kultuurilooline_kollektsioon, lk 41
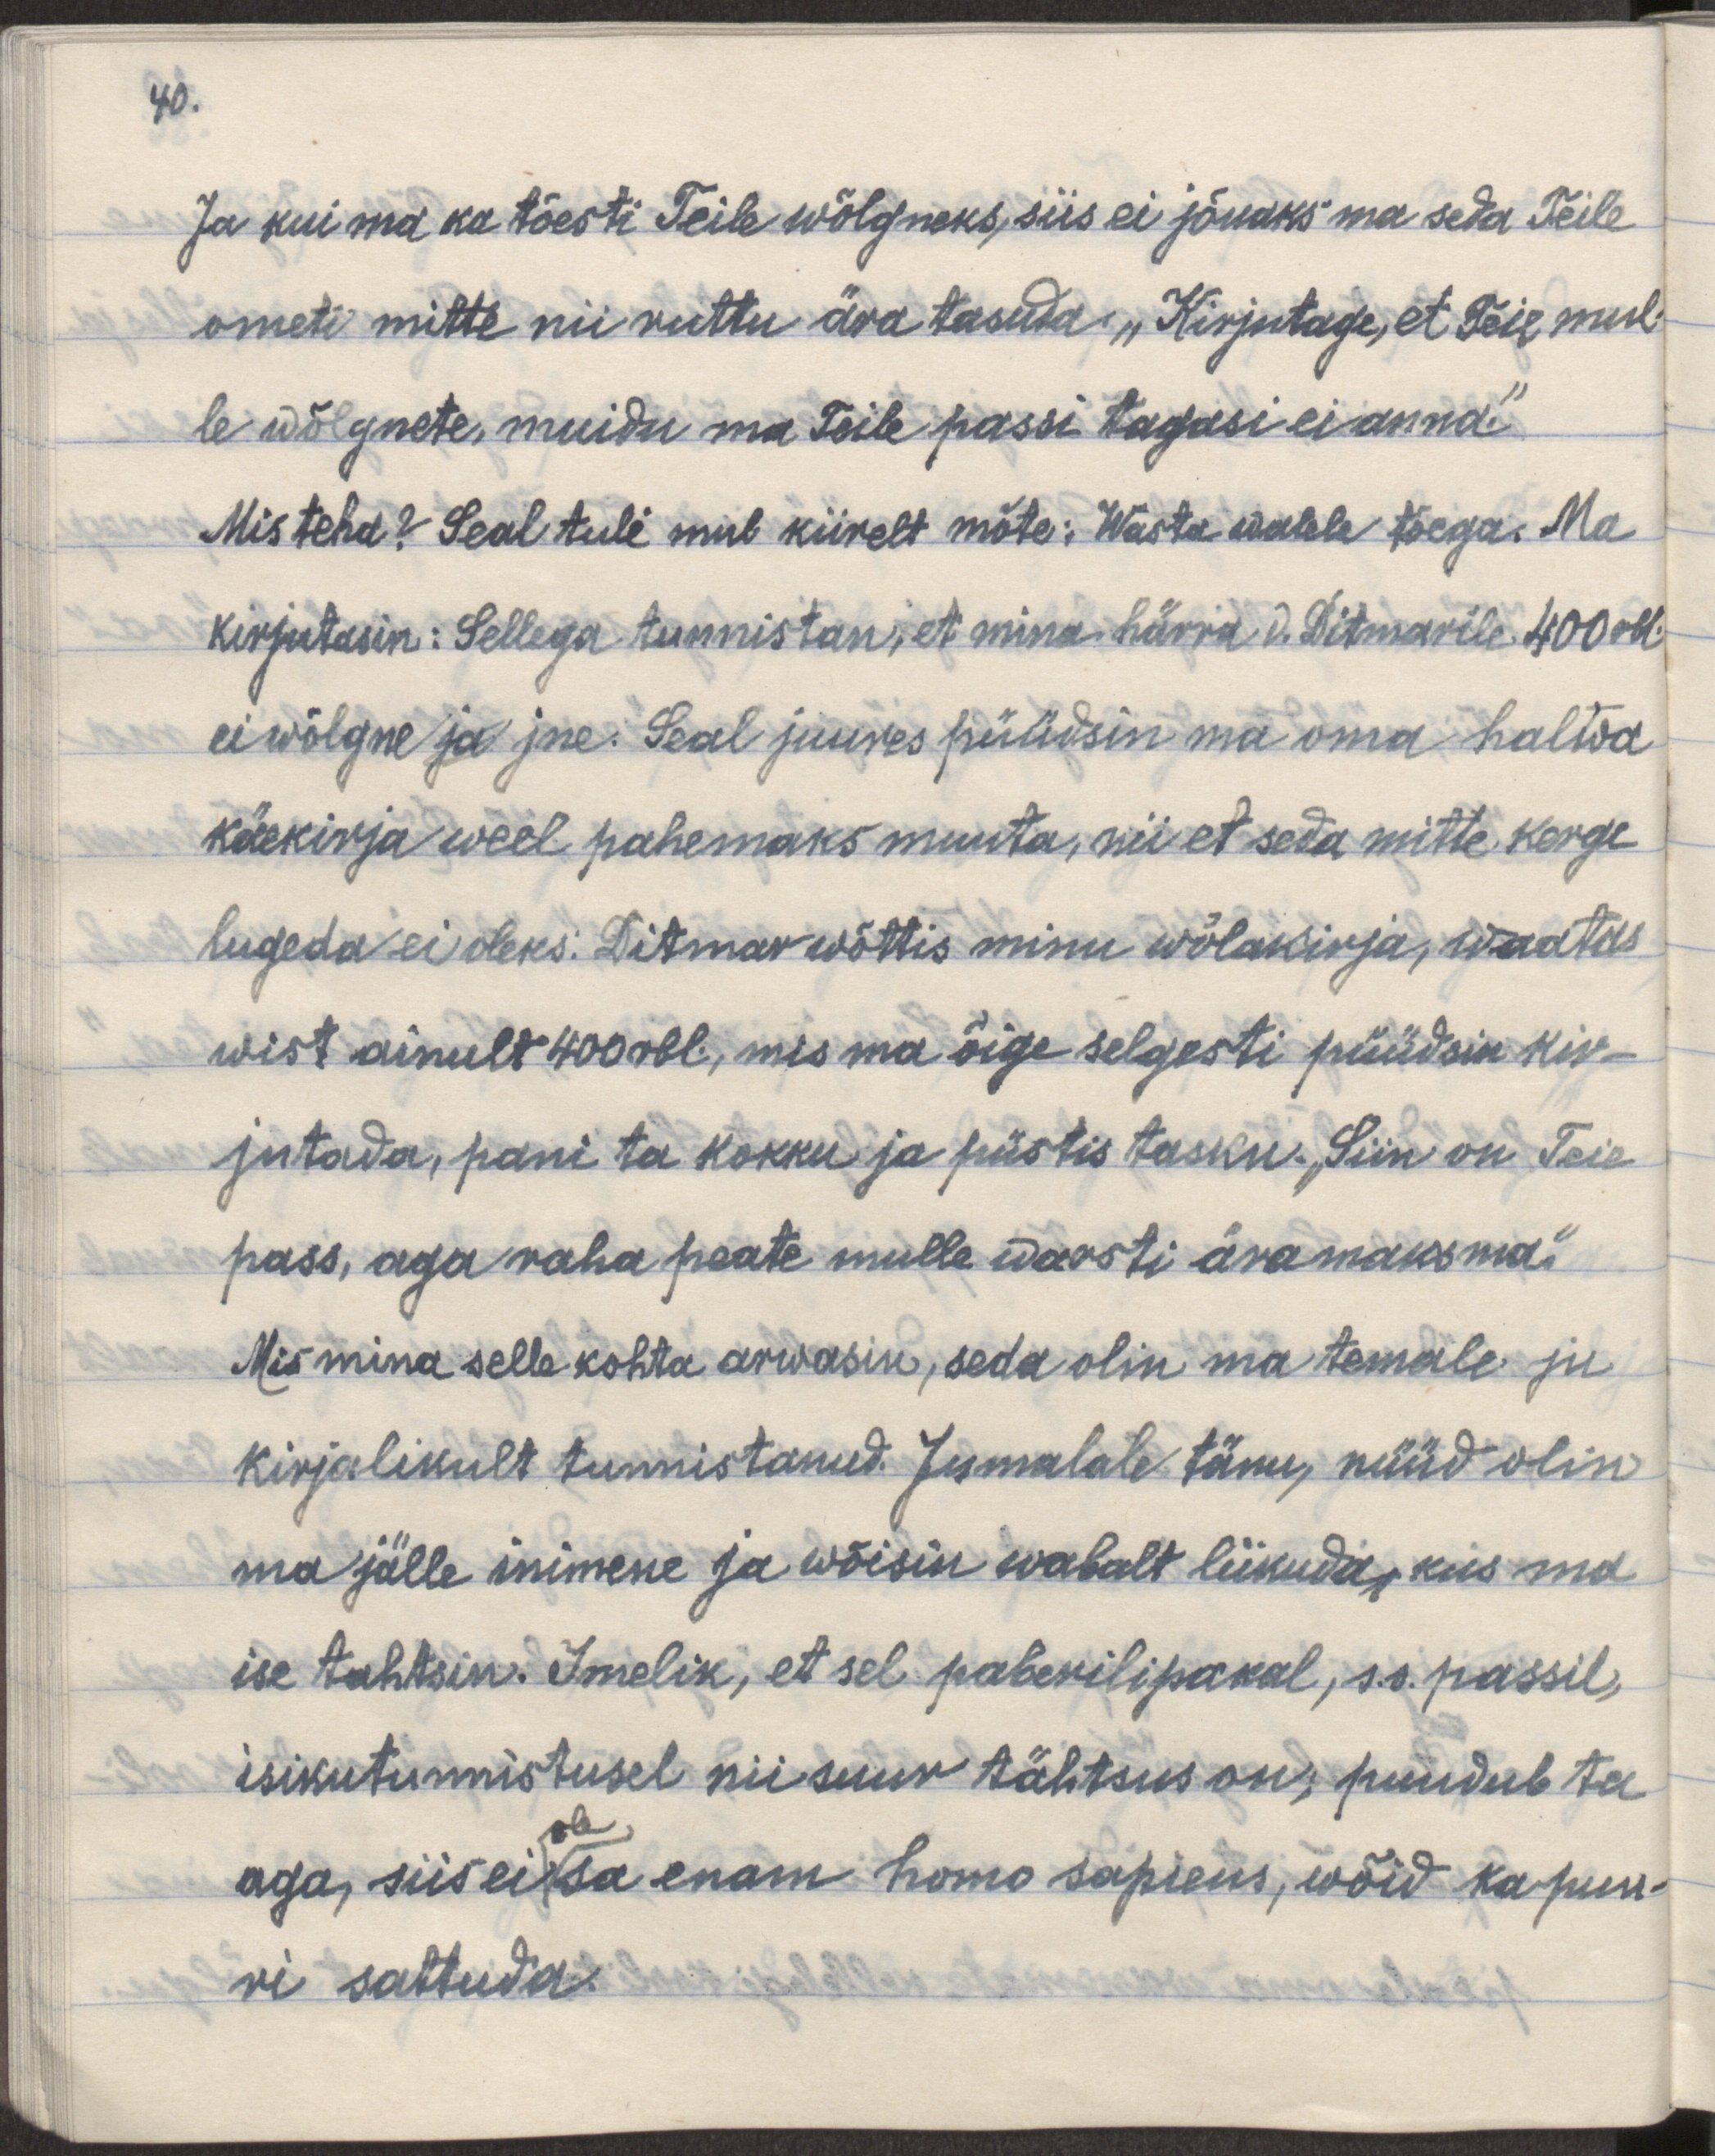
40.
Ja kui ma ka tõesti Teile wõlgneks, siis ei jõuaks ma seda Teile
ometi mitte nii ruttu ära tasuda. „Kirjutage, et Teie mul-
le wõlgenete, muidu ma Teile passi tagasi ei anna."
Mis teha? Seal tuli mul kiirelt mõte: „Wasta walele tõega. Ma
kirjutasin: Sellega tunnistan, et mina härra v. Ditmarile 400 rbl
ei wõlgne ja jne. Seal juures püüdsin ma oma halwa
käekirja weel pahemaks muuta, nii et seda mitte kerge
lugeda ei oleks. Ditmar wõttis minu wõlakirja, waatas
wist ainult 400 rbl, mis ma õige selgesti püüdsin kir-
jutada, pani ta kokku ja püstis tasku. „Siin on Teie 
pass, aga raha peate mulle warsti äramaksma." 
Mis mina selle kohta arwasin, seda olin ma temale ju 
kirjalikult tunnistanud. Jumalale tänu, nüüd olin 
ma jälle inimene ja wõisin wabalt liikuda, kuis ma
ise tahtsin. Imelik, et sel paberilipakal, s.o. passil,
isikutunnistusel nii suur tähtsus on, puudub ta 
ole
aga, siis ei sa enam homo sapiens, wõid ka puu-
ri sattuda.